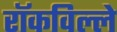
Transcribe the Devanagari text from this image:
रॉकविल्ले